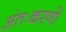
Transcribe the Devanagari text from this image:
अंतःकरणों